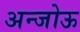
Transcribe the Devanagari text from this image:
अन्जोऊ